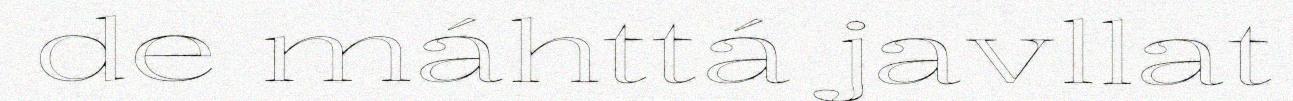
de máhttá javllat